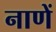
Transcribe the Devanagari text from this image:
नाणें